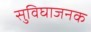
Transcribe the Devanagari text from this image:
सुविघाजनक